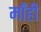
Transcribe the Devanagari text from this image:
माँही